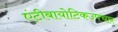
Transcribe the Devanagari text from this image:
एंटीबायोटिकउपचार